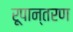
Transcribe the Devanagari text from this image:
रूपान्‍तरण